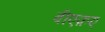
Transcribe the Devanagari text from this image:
बीएफ़ए